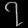
Digit: ၇